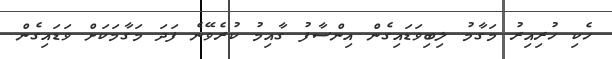
ހެކި ހުރިއިރު މަގާމު ލިބިވަޑައިގެން އިންސާފު ގާއިމު ކުރެވޭނެ ފަދަ މަގާމަކަށް ވަޑައިގެން